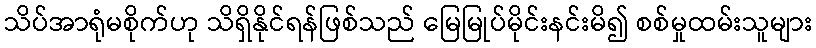
သိပ်အာရုံမစိုက်ဟု သိရှိနိုင်ရန်ဖြစ်သည် မြေမြုပ်မိုင်းနင်းမိ၍ စစ်မှုထမ်းသူများ